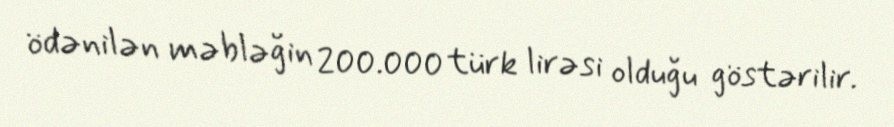
ödənilən məbləğin 200.000 türk lirəsi olduğu göstərilir.